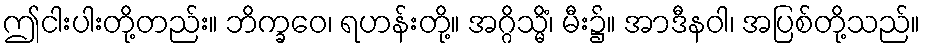
ဤငါးပါးတို့တည်း။ ဘိက္ခဝေ၊ ရဟန်းတို့။ အဂ္ဂိသ္မိံ၊ မီး၌။ အာဒီနဝါ၊ အပြစ်တို့သည်။